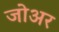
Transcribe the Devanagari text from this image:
जोअर